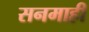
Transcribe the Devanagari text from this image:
सनमाही